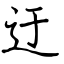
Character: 迂